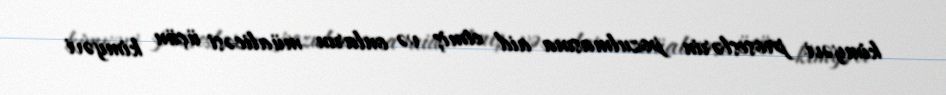
kimyəvi proseslərin pozulmasına aid etmiş və onların müalicəsi üçün kimyəvi